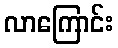
လာကြောင်း